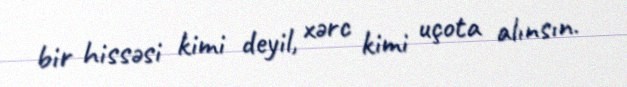
bir hissəsi kimi deyil, xərc kimi uçota alınsın.